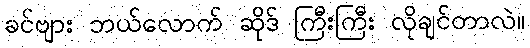
ခင်ဗျား ဘယ်လောက် ဆိုဒ် ကြီးကြီး လိုချင်တာလဲ။